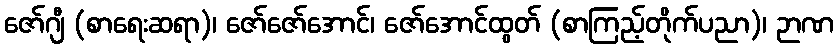
ဇော်ဂျီ (စာရေးဆရာ)၊ ဇော်ဇော်အောင်၊ ဇော်အောင်ထွတ် (စာကြည့်တိုက်ပညာ)၊ ဉာဏ